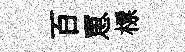
百罳標